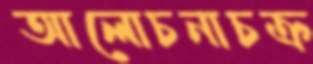
আলোচনাচক্র